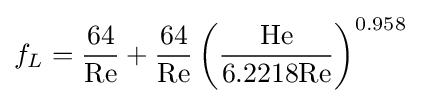
f_{L}={64 \over \mathrm {Re} }+{64 \over \mathrm {Re} }\left({\mathrm {He}  \over 6.2218\mathrm {Re} }\right)^{0.958}